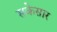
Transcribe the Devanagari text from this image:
सकेसार